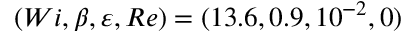
( W i , \beta , \varepsilon , R e ) = ( 1 3 . 6 , 0 . 9 , 1 0 ^ { - 2 } , 0 )